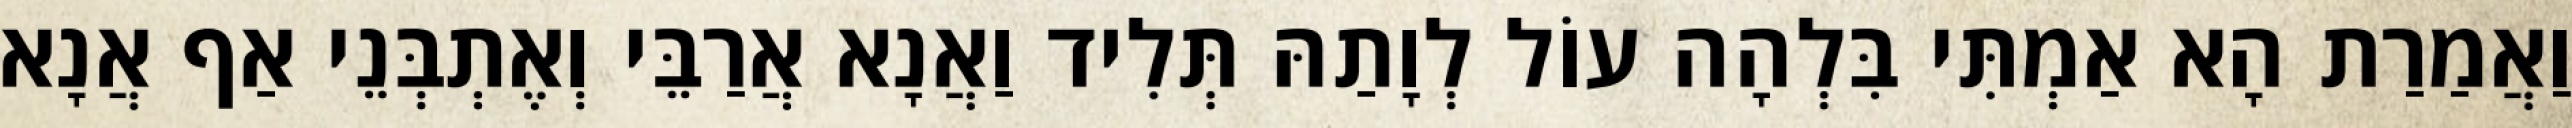
וַאֲמַרַת הָא אַמְתִּי בִּלְהָה עוֹל לְוָתַהּ תְּלִיד וַאֲנָא אֲרַבֵּי וְאֶתְבְּנֵי אַף אֲנָא